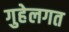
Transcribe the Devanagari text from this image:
गुहेलगत